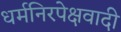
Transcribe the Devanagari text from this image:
धर्मनिरपेक्षवादी